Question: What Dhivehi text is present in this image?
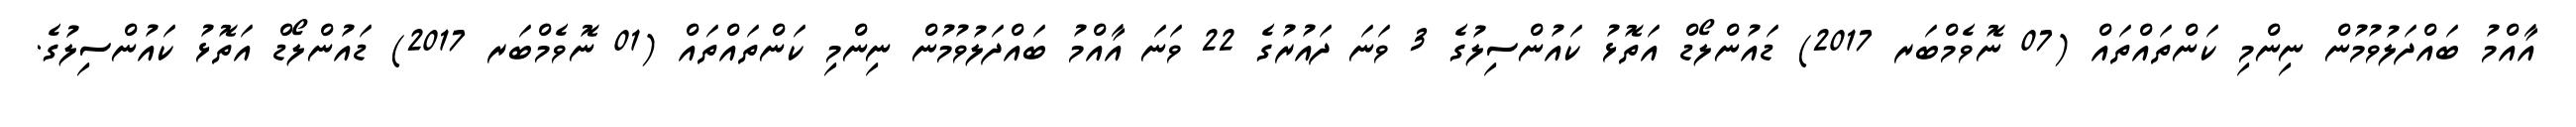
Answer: އާއްމު ބައްދަލުވުމުން ނިންމި ކަންތައްތައް (07 ނޮވެމްބަރ 2017) ޑައުންލޯޑް އަތޮޅު ކައުންސިލުގެ 3 ވަނަ ދައުރުގެ 22 ވަނަ އާއްމު ބައްދަލުވުމުން ނިންމި ކަންތައްތައް (01 ނޮވެމްބަރ 2017) ޑައުންލޯޑް އަތޮޅު ކައުންސިލުގެ.